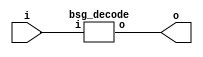


module top
(
  i,
  o
);

  input [5:0] i;
  output [63:0] o;

  bsg_decode
  wrapper
  (
    .i(i),
    .o(o)
  );


endmodule



module bsg_decode
(
  i,
  o
);

  input [5:0] i;
  output [63:0] o;
  wire [63:0] o;
  assign o = { 1'b0, 1'b0, 1'b0, 1'b0, 1'b0, 1'b0, 1'b0, 1'b0, 1'b0, 1'b0, 1'b0, 1'b0, 1'b0, 1'b0, 1'b0, 1'b0, 1'b0, 1'b0, 1'b0, 1'b0, 1'b0, 1'b0, 1'b0, 1'b0, 1'b0, 1'b0, 1'b0, 1'b0, 1'b0, 1'b0, 1'b0, 1'b0, 1'b0, 1'b0, 1'b0, 1'b0, 1'b0, 1'b0, 1'b0, 1'b0, 1'b0, 1'b0, 1'b0, 1'b0, 1'b0, 1'b0, 1'b0, 1'b0, 1'b0, 1'b0, 1'b0, 1'b0, 1'b0, 1'b0, 1'b0, 1'b0, 1'b0, 1'b0, 1'b0, 1'b0, 1'b0, 1'b0, 1'b0, 1'b1 } << i;

endmodule